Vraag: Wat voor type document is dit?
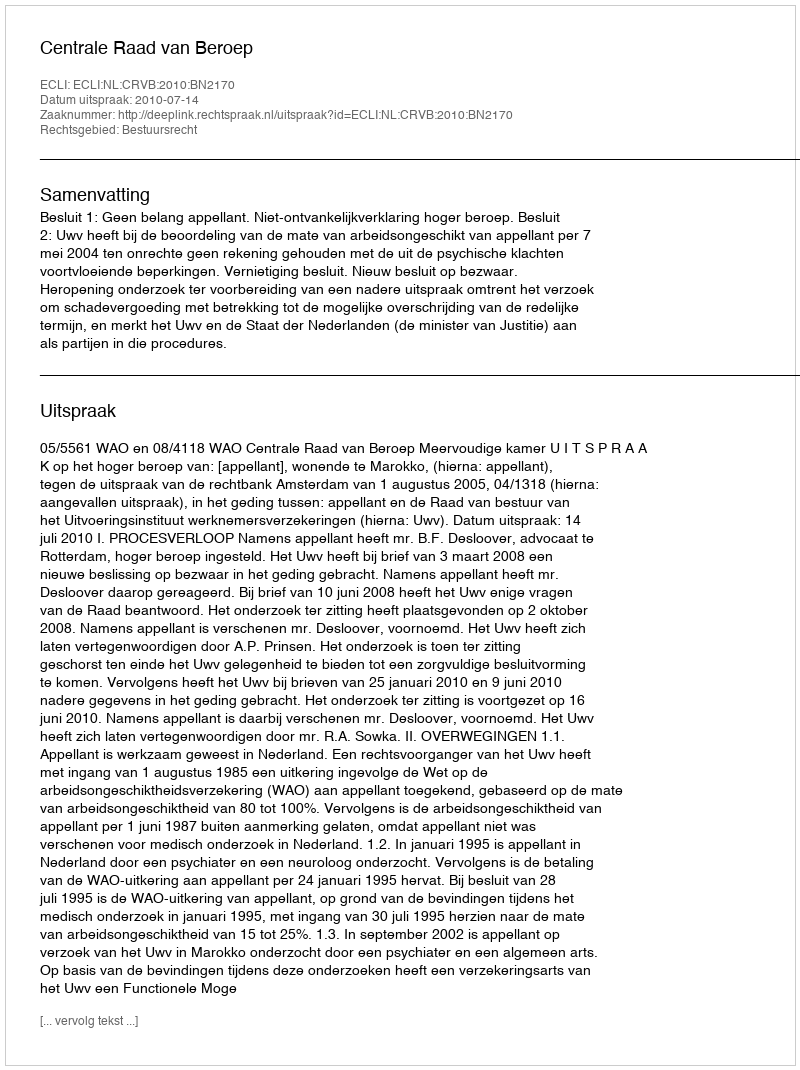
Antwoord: Uitspraak